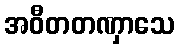
အဝီတတဏှာသေ